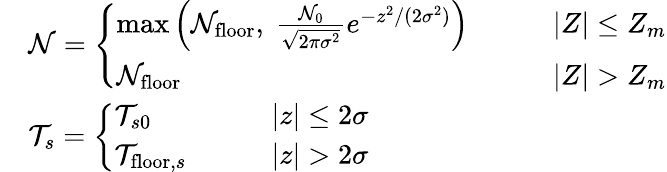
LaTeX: \begin{array}{rl}&{\mathcal{N}=\left\{ \begin{array}{ll}{\operatorname*{max}\left(\mathcal{N}_{\mathrm{floor}},~\frac{\mathcal{N}_{0}}{\sqrt{2\pi\sigma^{2}}}e^{-z^{2}/(2\sigma^{2})}\right)\qquad}&{\left|Z\right|\leq Z_{m}}\\ {\mathcal{N}_{\mathrm{floor}}\qquad}&{\left|Z\right|>Z_{m}}\end{array}\right.}\\ &{\mathcal{T}_{s}=\left\{ \begin{array}{ll}{\mathcal{T}_{s0}\qquad}&{\left|z\right|\leq 2\sigma}\\ {\mathcal{T}_{\mathrm{floor},s}\qquad}&{\left|z\right|>2\sigma}\end{array}\right.}\end{array}